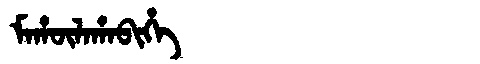
Manchu: ᠮᠠᡥᡡᠯᠠᡥᠠᠪᡳᡥᡝ
Romanization: MAHŪLAHABIHE